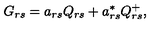
G _ { r s } = a _ { r s } Q _ { r s } + a _ { r s } ^ { \ast } Q _ { r s } ^ { + } ,